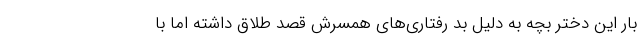
بار این دختر بچه به دلیل بد رفتاری‌های همسرش قصد طلاق داشته اما با